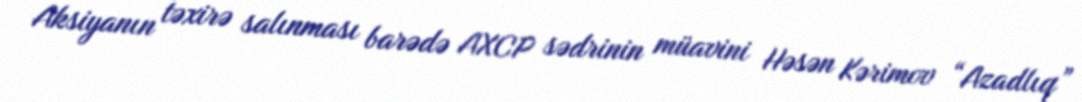
Aksiyanın təxirə salınması barədə AXCP sədrinin müavini Həsən Kərimov “Azadlıq”